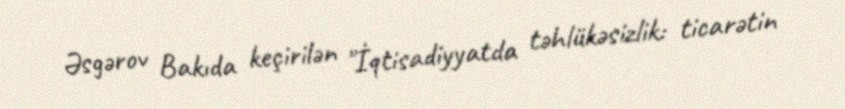
Əsgərov Bakıda keçirilən "İqtisadiyyatda təhlükəsizlik: ticarətin